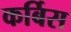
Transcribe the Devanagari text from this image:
कर्बिस